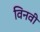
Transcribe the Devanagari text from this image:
विनवी